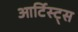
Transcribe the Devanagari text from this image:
आर्टिस्ट्‍स